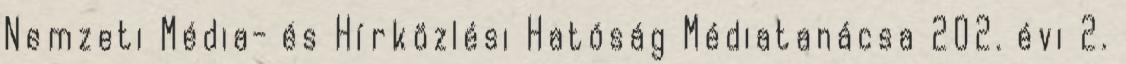
Nemzeti Média- és Hírközlési Hatóság Médiatanácsa 202. évi 2.